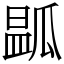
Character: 㼔